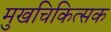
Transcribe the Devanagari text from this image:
मुखचिकित्सक